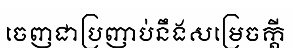
ចេញជាប្រញាប់នឹងសម្រេចក្តី